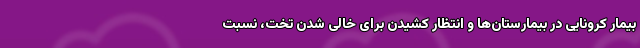
بیمار کرونایی در بیمارستان‌ها و انتظار کشیدن برای خالی شدن تخت، نسبت